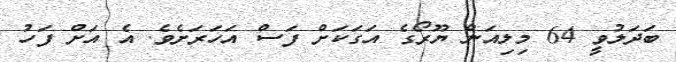
ބަދަލުވީ 64 މިލިއަން ޔޫރޯގެ އަގަކަށް ފަސް އަހަރަށެވެ. އެ އަށް ފަހު